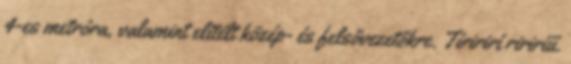
4-es metróra, valamint elítélt közép- és felsővezetőkre. Tíririrí ririrííí.